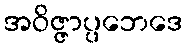
အဝိဇ္ဇာပ္ပဘေဒေ